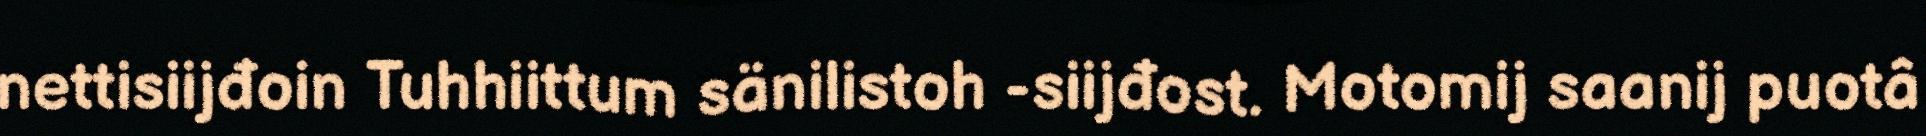
nettisiijđoin Tuhhiittum sänilistoh -siijđost. Motomij saanij puotâ